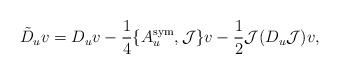
LaTeX: \begin{align*}\tilde{D}_{u}v = D_{u}v -\frac{1}{4} \{ A_{u}^{\mathrm{sym}}, \mathcal J \}v -\frac{1}{2} \mathcal J (D_{u} \mathcal J )v,\end{align*}